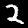
Digit: 2